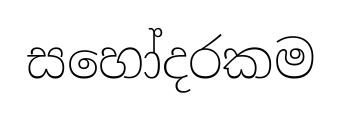
සහෝදරකම